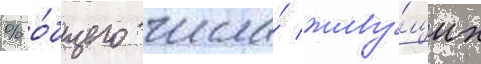
% о́бщего числа́ живу́щих